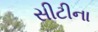
સીટીના